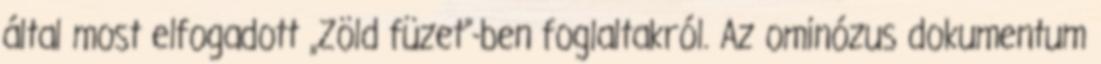
által most elfogadott „Zöld füzet”-ben foglaltakról. Az ominózus dokumentum